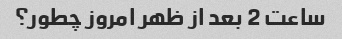
ساعت 2 بعد از ظهر امروز چطور؟